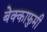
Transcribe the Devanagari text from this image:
बेक्काफुमी